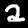
Digit: 2